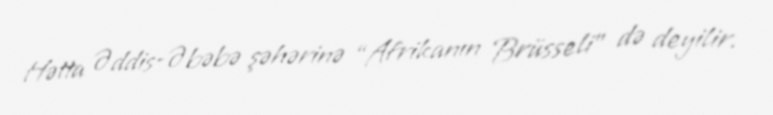
Hətta Əddis-Əbəbə şəhərinə “Afrikanın Brüsseli” də deyilir.